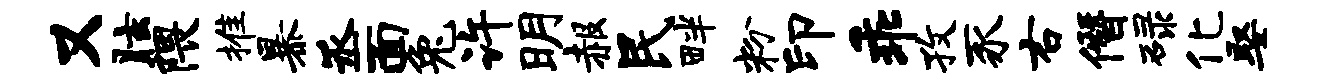
又眩隈推暴丞面兔许明赧民畔粉印乖孜豕右僭碌化娶